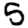
Digit: 5